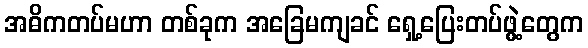
အဓိကတပ်မဟာ တစ်ခုက အခြေမကျခင် ရှေ့ပြေးတပ်ဖွဲ့တွေက